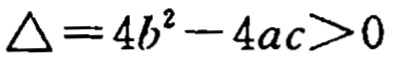
\(\triangle = 4b^{2}-4ac>0\)